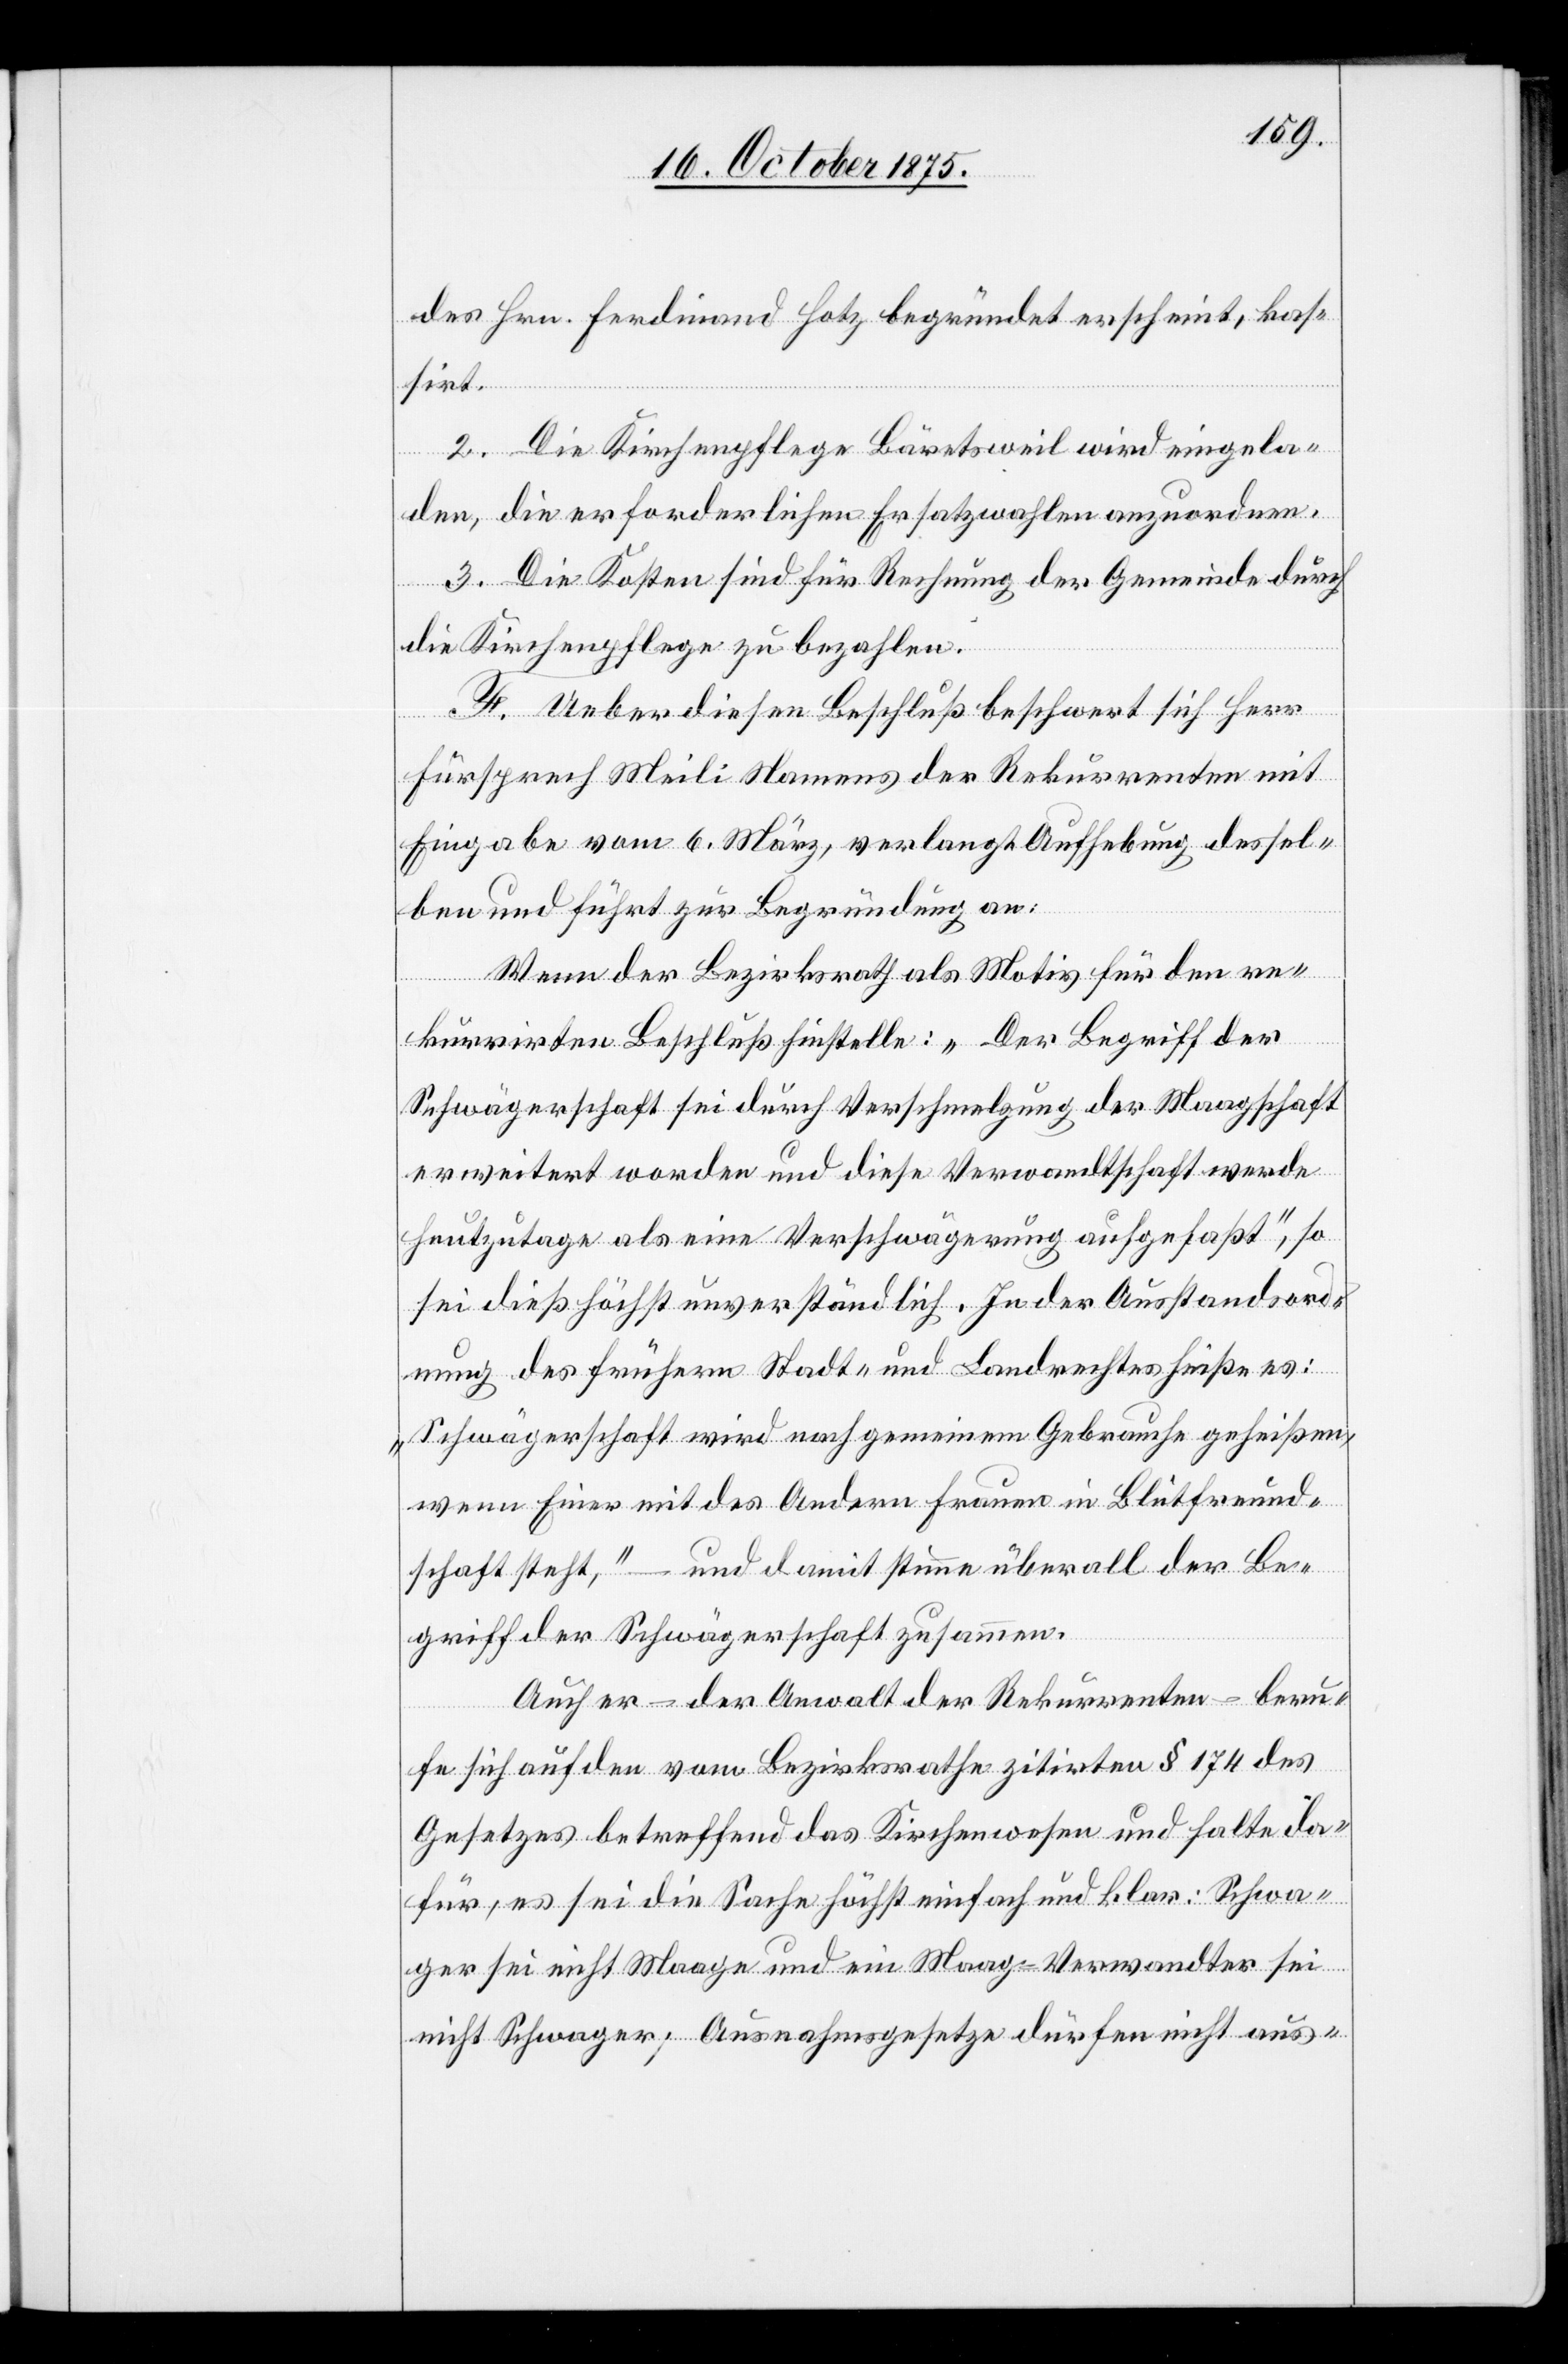
des Hrn. Ferdinand Hotz begründet erscheint, kas¬
sirt.
2. Die Kirchenpflege Bäretsweil wird eingela¬
den, die erforderlichen Ersatzwahlen anzuordnen.
3. Die Kosten sind für Rechnung der Gemeinde durch
die Kirchenpflege zu bezahlen.
F. Ueber diesen Beschluß beschwert sich Herr
Fürsprech Meili Namens der Rekurrenten mit
Eingabe vom 6. März, verlangt Aufhebung dessel¬
ben und führt zur Begründung an:
Wenn der Bezirksrath als Motiv für den re¬
kurrirten Beschluß hinstelle: „Der Begriff der
Schwägerschaft sei durch Verschmelzung der Maagschaft
erweitert worden und diese Verwandtschaft werde
heutzutage als eine Verschwägerung aufgefaßt“, so
sei dieß höchst unverständlich. In der Ausstandsord¬
nung des frühern Stadt- und Landrechtes heiße es:
„Schwägerschaft wird nach gemeinem Gebrauche geheißen,
wenn Einer mit des Andern Frauen in Blutfreund¬
schaft steht“, – und damit stimme überall der Be¬
griff der Schwägerschaft zusammen.
Auch er – der Anwalt der Rekurrenten – beru¬
fe sich auf den vom Bezirksrathe zitirten § 174 des
Gesetzes betreffend das Kirchenwesen und halte da¬
für, es sei die Sache höchst einfach und klar: Schwa¬
ger sei nicht Maage und ein Maag-Verwandter sei
nicht Schwager; Ausnahmsgesetze dürfen nicht aus-